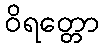
ဝိရတ္တော